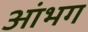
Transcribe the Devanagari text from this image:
आंभग